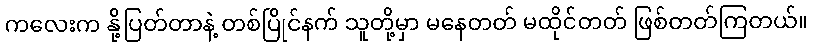
ကလေးက နို့ပြတ်တာနဲ့ တစ်ပြိုင်နက် သူတို့မှာ မနေတတ် မထိုင်တတ် ဖြစ်တတ်ကြတယ်။